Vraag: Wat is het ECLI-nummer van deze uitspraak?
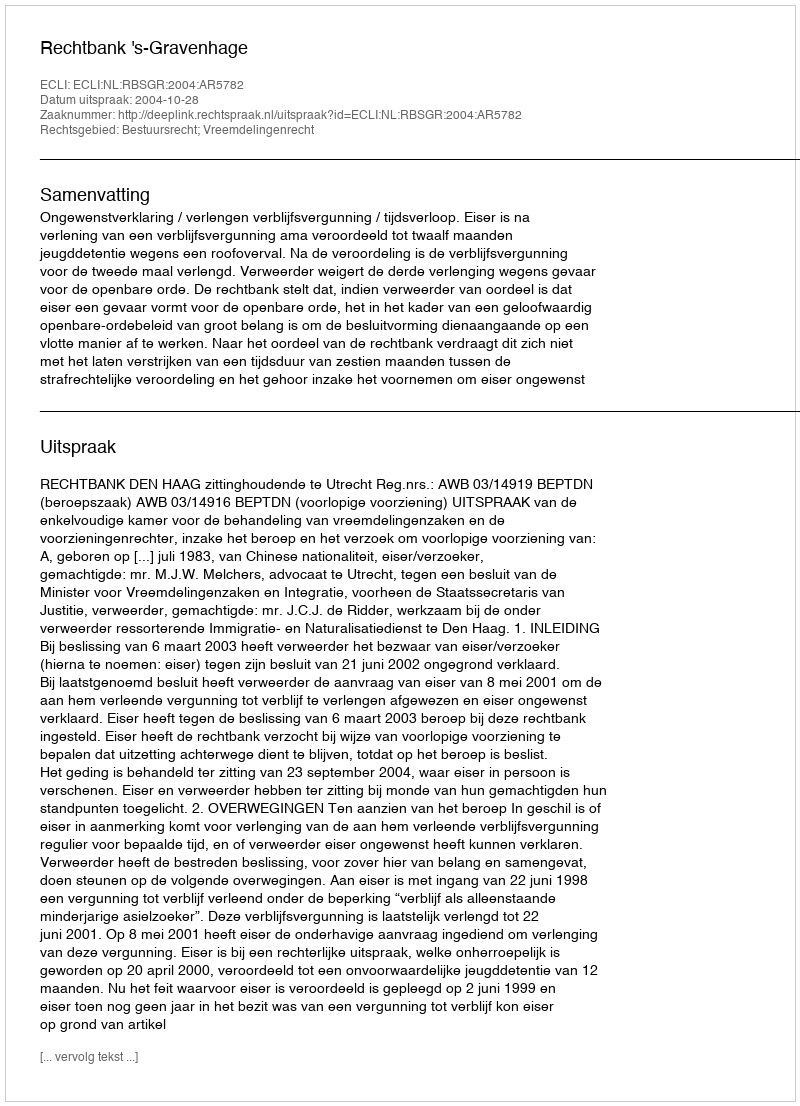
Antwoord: ECLI:NL:RBSGR:2004:AR5782